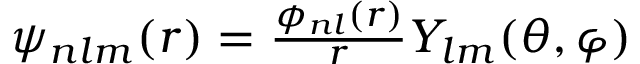
\begin{array} { r } { \psi _ { n l m } ( \boldsymbol { r } ) = \frac { \phi _ { n l } ( r ) } { r } Y _ { l m } ( \theta , \varphi ) } \end{array}